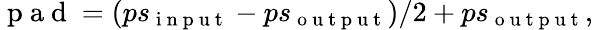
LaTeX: \mathrm{~p~a~d~}=(ps_{\mathrm{~i~n~p~u~t~}}-ps_{\mathrm{~o~u~t~p~u~t~}})/2+ps_{\mathrm{~o~u~t~p~u~t~}},